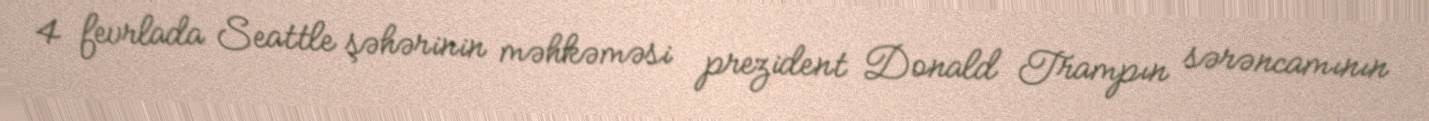
4 fevrlada Seattle şəhərinin məhkəməsi prezident Donald Trampın sərəncamının